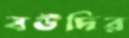
বউদির